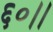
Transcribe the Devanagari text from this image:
६०।।